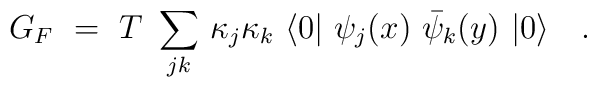
G_F ~=~ T~\sum_{jk} \, \kappa_j\kappa_k ~\langle 0|~ \psi_j(x)~ \bar\psi_k(y)~|0\rangle \quad .